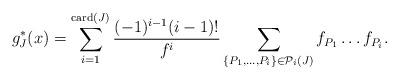
LaTeX: \begin{align*}g_J^*(x) = \sum_{i=1}^{\mathrm{card}(J)} \frac{(-1)^{i-1}(i-1)!}{f^i} \sum_{\{P_1,\ldots,P_i\} \in \mathcal{P}_i(J)} f_{P_1}\ldots f_{P_i}.\end{align*}